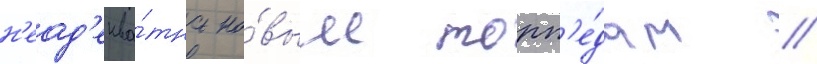
н'еад'еква́тна но́вым торп'е́дам //